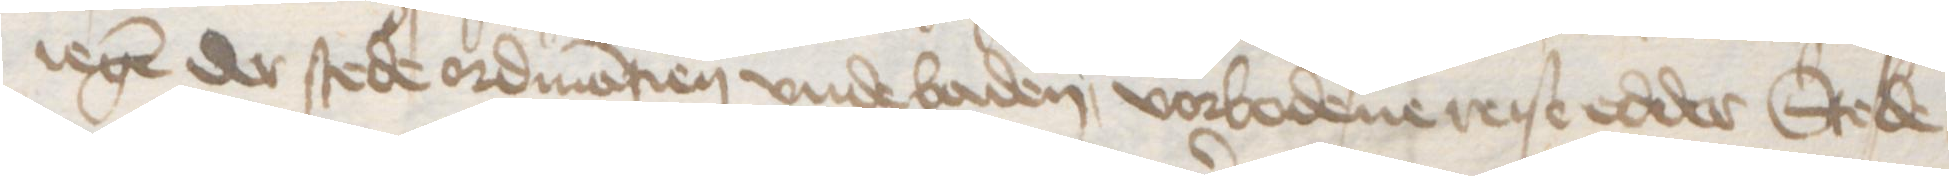
iegen der stede ordinantien vnde baden, vorbodene reise edder Stede